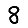
Digit: 8